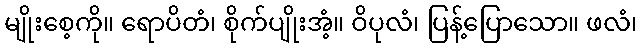
မျိုးစေ့ကို။ ရောပိတံ၊ စိုက်ပျိုးအံ့။ ဝိပုလံ၊ ပြန့်ပြောသော။ ဖလံ၊